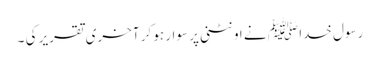
رسول خدا ﷺ نے اونٹنی پر سوار ہو کر آخری تقریر کی ۔